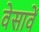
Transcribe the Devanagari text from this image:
वेसावें